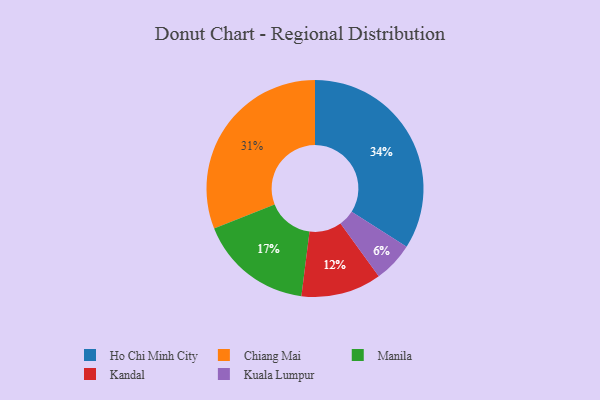
{"axis": {"x": "Category", "y": "Percentage"}, "legend": ["Chiang Mai", "Ho Chi Minh City", "Kandal", "Kuala Lumpur", "Manila"], "data": [{"x": "Chiang Mai", "y": 31, "type": "Chiang Mai"}, {"x": "Ho Chi Minh City", "y": 34, "type": "Ho Chi Minh City"}, {"x": "Manila", "y": 17, "type": "Manila"}, {"x": "Kandal", "y": 12, "type": "Kandal"}, {"x": "Kuala Lumpur", "y": 6, "type": "Kuala Lumpur"}]}